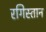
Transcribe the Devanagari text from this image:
रगिस्तान